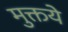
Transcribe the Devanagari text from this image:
मुक्तये